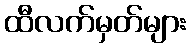
ထီလက်မှတ်များ